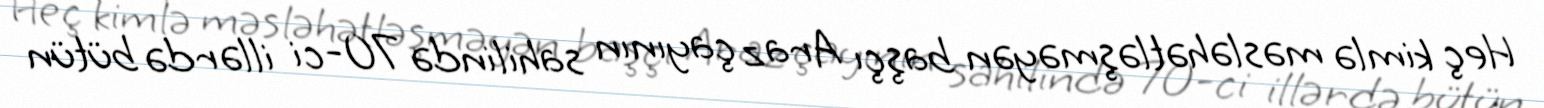
Heç kimlə məsləhətləşməyən başçı Araz çayının sahilində 70-ci illərdə bütün